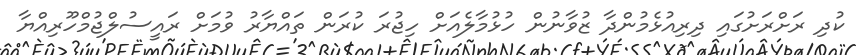
ކުދި ރަށްރަށުގައި ދިރިއުޅެމުންދާ ޒުވާނުން ހުޅުމާލެއަށް ހިޖުރަ ކުރަން ތައްޔާރު ވުމަށް ރައީސުލްޖުމްހޫރިއްޔާ